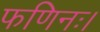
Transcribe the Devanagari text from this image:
फणिनः।